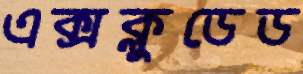
এক্সক্লুডেড